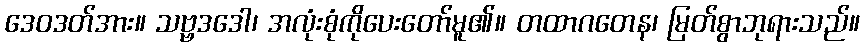
ဒေဝဒတ်အား။ သဗ္ဗဒဒေါ၊ အလုံးစုံကိုပေးတော်မူ၏။ တထာဂတေန၊ မြတ်စွာဘုရားသည်။